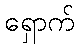
ရှောက်